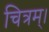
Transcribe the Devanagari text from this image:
चित्रम्।